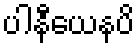
ပါနီယေနပိ